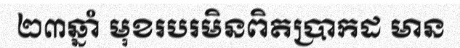
២៣ឆ្នាំ មុខរបរមិនពិតប្រាកដ មាន